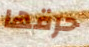
حرقها